Burma Government Medical School reports 1907-22
Year: 1907
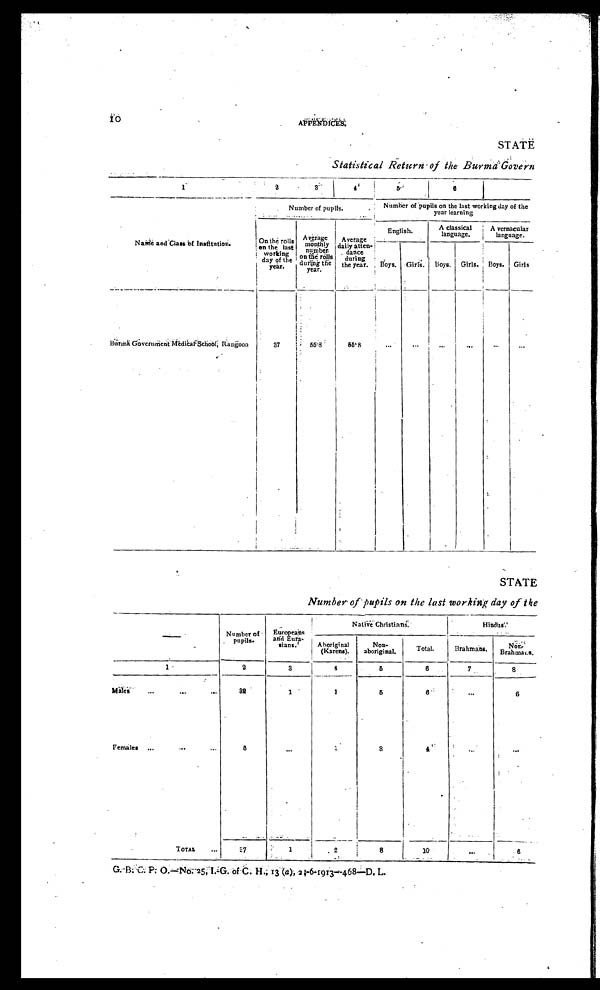
10
APPENDICES.
STATE
Statistical Return of the Burma Govern
1
2
3
4
5
6
Name and Cl ass of Inst i t ut i on.
Number of pupils.
Number of pupils on the last working day of the
year learning
On the roll
s on the last
working
day of the
year.
A v e r a g e m o n t h l y n u m b e r o n t h e r o l l s d u r i n g t h e y e a r .
A v e r a g e d a i l y a t t e n - d a n c e d u r i n g t h e y e a r .
English.
A classical
language.
A v e r n a c u l a r l a n g u a g e .
Boys. Girls.
B o y s . Girls. Boys. Girls
B u r m a G o v e r n m e n t M e d i c a l S c h o o l , R a n g o o n
37
5 5 . 8
55
.8
. . .
...
...
. . .
... ...
STATE
Number of pupils on the last working day of the
—
Number of
pupils.
Europeans
and Eura-
sians.
Native Christians.
Hindus.
Aboriginal (Karens).
Non-
aboriginal.
Total.
Brahmans.
Non-
Brahmans.
1
2
3
4
5
6
7
8
Males ...
...
...
32
1
1
5
6
...
6
Females ...
... ...
5
...
1
3
4 ...
...
TOTAL ...
37
1
2
8 10
...
6
G.B.C.P.O.—No. 25, I.-G. of C. H., 13 ( a), 21-6-1913—468—D. L.